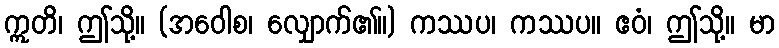
ဣတိ၊ ဤသို့။ (အဝေါစ၊ လျှောက်၏။) ကဿပ၊ ကဿပ။ ဧဝံ၊ ဤသို့။ မာ